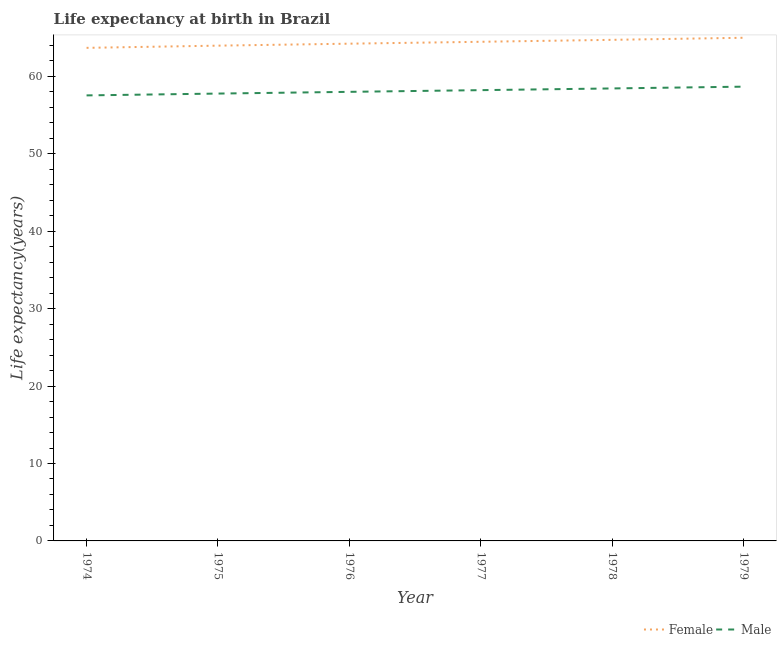
| Year | Female | Male |
 | --- | --- | --- |
 | 1974 | 63.7 | 57.5 |
 | 1975 | 64 | 57.8 |
 | 1976 | 64.2 | 58 |
 | 1977 | 64.5 | 58.2 |
 | 1978 | 64.7 | 58.4 |
 | 1979 | 65 | 58.7 |